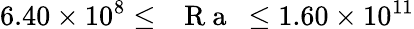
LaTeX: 6.40\times 10^{8}\leq\mathrm{~\textit~{~R~a~}~}\leq 1.60\times 10^{11}